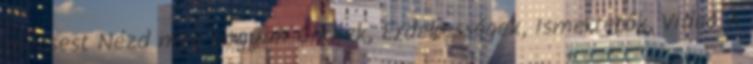
mécsest Nézd meg hogyan Cikkek, Érdekességek, Ismertetők, Videó A